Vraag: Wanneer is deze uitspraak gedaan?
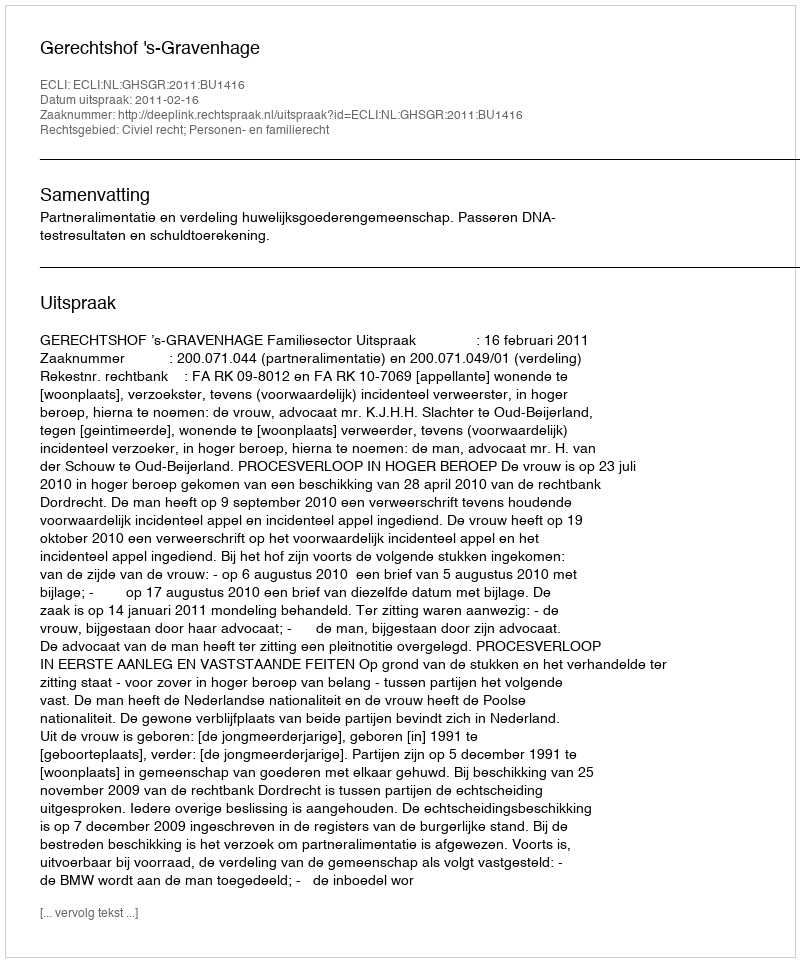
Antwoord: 2011-02-16